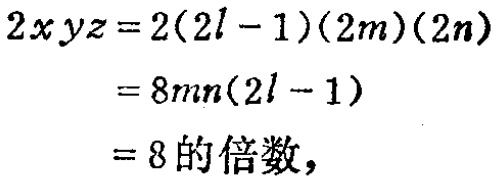
\[

\begin{align*}

2xyz&=2(2l - 1)(2m)(2n)\\

&=8mn(2l - 1)\\

&=8的倍数,

\end{align*}

\]